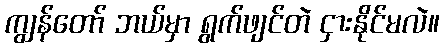
ကျွန်တော် ဘယ်မှာ ရွက်ဖျင်တဲ ငှားနိုင်မလဲ။